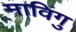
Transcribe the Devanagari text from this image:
माविंगु